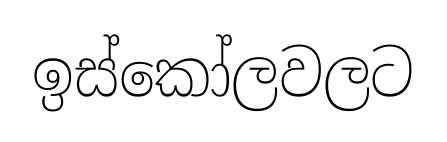
ඉස්කෝලවලට